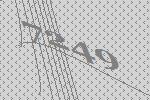
7249